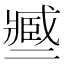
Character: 𢨑